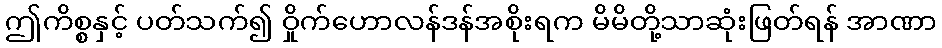
ဤကိစ္စနှင့် ပတ်သက်၍ ဝှိုက်ဟောလန်ဒန်အစိုးရက မိမိတို့သာဆုံးဖြတ်ရန် အာဏာ